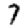
Digit: 7